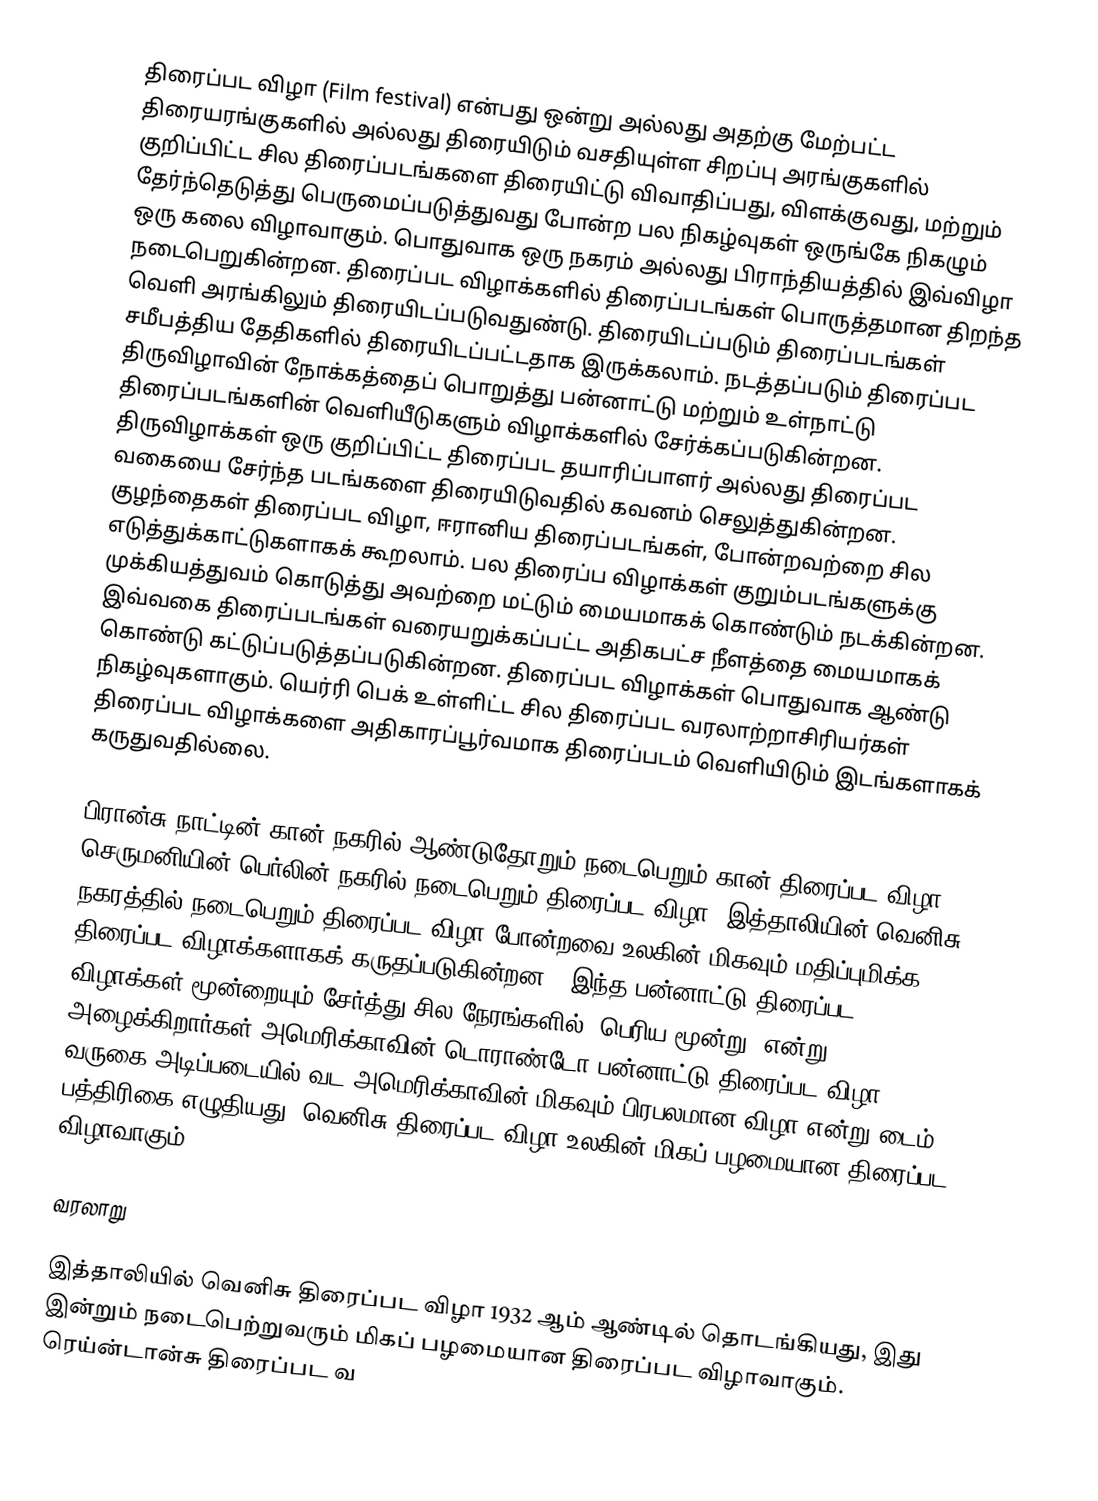
திரைப்பட விழா (Film festival) என்பது ஒன்று அல்லது அதற்கு மேற்பட்ட திரையரங்குகளில்  அல்லது திரையிடும் வசதியுள்ள சிறப்பு அரங்குகளில் குறிப்பிட்ட சில திரைப்படங்களை திரையிட்டு விவாதிப்பது, விளக்குவது, மற்றும் தேர்ந்தெடுத்து பெருமைப்படுத்துவது போன்ற பல நிகழ்வுகள் ஒருங்கே நிகழும் ஒரு கலை விழாவாகும். பொதுவாக ஒரு நகரம் அல்லது பிராந்தியத்தில் இவ்விழா நடைபெறுகின்றன. திரைப்பட விழாக்களில் திரைப்படங்கள் பொருத்தமான திறந்த வெளி அரங்கிலும் திரையிடப்படுவதுண்டு. திரையிடப்படும் திரைப்படங்கள் சமீபத்திய தேதிகளில் திரையிடப்பட்டதாக இருக்கலாம். நடத்தப்படும் திரைப்பட திருவிழாவின் நோக்கத்தைப் பொறுத்து பன்னாட்டு மற்றும் உள்நாட்டு திரைப்படங்களின் வெளியீடுகளும் விழாக்களில் சேர்க்கப்படுகின்றன.  திருவிழாக்கள் ஒரு குறிப்பிட்ட திரைப்பட தயாரிப்பாளர் அல்லது திரைப்பட வகையை சேர்ந்த படங்களை திரையிடுவதில் கவனம் செலுத்துகின்றன. குழந்தைகள் திரைப்பட விழா, ஈரானிய திரைப்படங்கள், போன்றவற்றை சில எடுத்துக்காட்டுகளாகக் கூறலாம். பல திரைப்ப விழாக்கள் குறும்படங்களுக்கு முக்கியத்துவம் கொடுத்து அவற்றை மட்டும் மையமாகக் கொண்டும் நடக்கின்றன. இவ்வகை திரைப்படங்கள் வரையறுக்கப்பட்ட அதிகபட்ச நீளத்தை மையமாகக் கொண்டு கட்டுப்படுத்தப்படுகின்றன. திரைப்பட விழாக்கள் பொதுவாக ஆண்டு நிகழ்வுகளாகும். யெர்ரி பெக் உள்ளிட்ட சில திரைப்பட வரலாற்றாசிரியர்கள் திரைப்பட விழாக்களை அதிகாரப்பூர்வமாக திரைப்படம் வெளியிடும் இடங்களாகக் கருதுவதில்லை.

பிரான்சு நாட்டின் கான் நகரில் ஆண்டுதோறும் நடைபெறும் கான் திரைப்பட விழா, செருமனியின் பெர்லின் நகரில் நடைபெறும் திரைப்பட விழா, இத்தாலியின் வெனிசு நகரத்தில் நடைபெறும் திரைப்பட விழா போன்றவை உலகின் மிகவும் மதிப்புமிக்க திரைப்பட விழாக்களாகக் கருதப்படுகின்றன . இந்த பன்னாட்டு திரைப்பட விழாக்கள் மூன்றையும் சேர்த்து சில நேரங்களில் "பெரிய மூன்று" என்று அழைக்கிறார்கள்.அமெரிக்காவின்  டொராண்டோ பன்னாட்டு திரைப்பட விழா வருகை அடிப்படையில் வட அமெரிக்காவின் மிகவும் பிரபலமான விழா என்று டைம் பத்திரிகை எழுதியது. வெனிசு திரைப்பட விழா உலகின் மிகப் பழமையான திரைப்பட விழாவாகும்.

வரலாறு

இத்தாலியில் வெனிசு திரைப்பட விழா 1932 ஆம் ஆண்டில் தொடங்கியது, இது இன்றும் நடைபெற்றுவரும் மிகப் பழமையான திரைப்பட விழாவாகும். ரெய்ன்டான்சு திரைப்பட வ